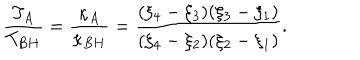
LaTeX: \frac { T _ { A } } { T _ { B H } } = \frac { \kappa _ { A } } { \kappa _ { B H } } = \frac { ( \xi _ { 4 } - \xi _ { 3 } ) ( \xi _ { 3 } - \xi _ { 1 } ) } { ( \xi _ { 4 } - \xi _ { 2 } ) ( \xi _ { 2 } - \xi _ { 1 } ) } .